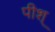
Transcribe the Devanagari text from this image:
पीश्